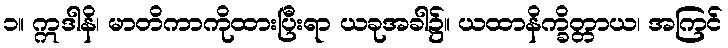
၁။ ဣဒါနိ၊ မာတိကာကိုထားပြီးရာ ယခုအခါ၌။ ယထာနိက္ခိတ္တာယ၊ အကြင်